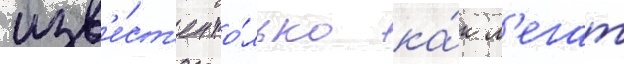
изв'е́ст'ен то́лько ка́к л'егат